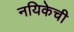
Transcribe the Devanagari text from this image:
नयिकेची